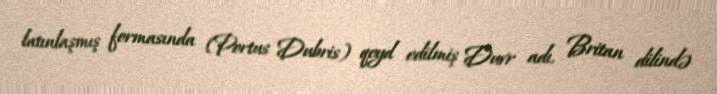
latınlaşmış formasında (Portus Dubris) qeyd edilmiş Duvr adı, Britan dilində